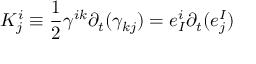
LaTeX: K _ { j } ^ { i } \equiv { \frac { 1 } { 2 } } \gamma ^ { i k } \partial _ { t } ( \gamma _ { k j } ) = e _ { I } ^ { i } \partial _ { t } ( e _ { j } ^ { I } )